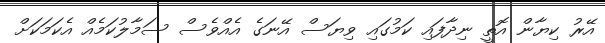
އޭރު ކިޔާން އޮތީ ނިދާފައި ކަމުގައި ވިޔަސް އޭނަގެ އެއްވެސް ސަމާލުކަމެއް އެކަމަކަށް